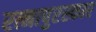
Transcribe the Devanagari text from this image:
रत्नापुरस्कार